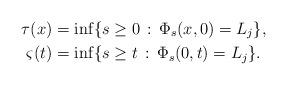
LaTeX: \begin{align*}\tau(x) &= \inf\{s\geq 0\,:\,\Phi_s(x,0)=L_j\}, \\\varsigma(t) &= \inf\{s\geq t\,:\,\Phi_s(0,t)=L_j\} .\end{align*}